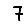
Digit: 7